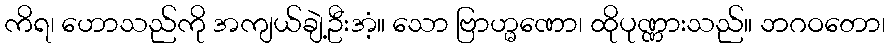
ကိရ၊ ဟောသည်ကို အကျယ်ချဲ့ဦးအံ့။ သော ဗြာဟ္မဏော၊ ထိုပုဏ္ဏားသည်။ ဘဂဝတော၊